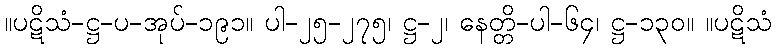
။ပဋိသံ-ဋ္ဌ-ပ-အုပ်-၁၉၁။ ပါ-၂၅-၂၇၅၊ ဋ္ဌ-၂၊ နေတ္တိ-ပါ-၆၄၊ ဋ္ဌ-၁၃၀။ ။ပဋိသံ